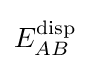
E_{AB}^{\rm {disp}}